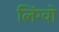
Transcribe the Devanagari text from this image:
लिंग्वो